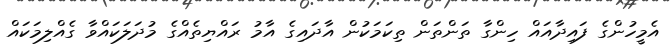
އެމީހުންގެ ފައިދާއައް ހިންގާ ތަންތަން ތިކަމަކުން އާދައިގެ އާމު ރައްޔިތެއްގެ މުދަލަކައްވާ ގެއްލިމަކައް